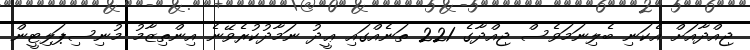
ޖިއްދާއަށް އެކަނި ބެލިނަމަވެސް ޖިއްދާގެ 221 ތަނެއްގައި ޢީދު ނަމާދުކުރެވޭނެ އިންތިޒާމު މުނިސިޕަލިޓީން